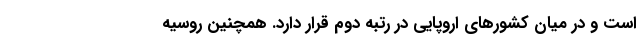
است و در میان کشورهای اروپایی در رتبه دوم قرار دارد. همچنین روسیه